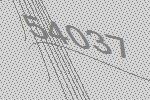
54037